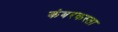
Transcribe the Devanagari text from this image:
कंबरकस्ता